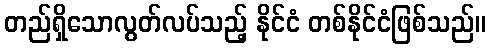
တည်ရှိသောလွတ်လပ်သည့် နိုင်ငံ တစ်နိုင်ငံဖြစ်သည်။